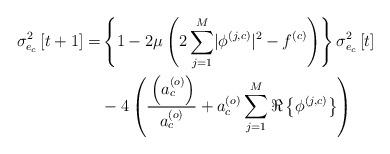
LaTeX: \begin{align*} \sigma_{e_c}^2\left[t+1\right]=&\left\{1-2\mu\left(2\sum_{j=1}^{M}\lvert\phi^{\left(j,c\right)}\rvert^2-f^{\left(c\right)}\right)\right\}\sigma_{e_c}^2\left[t\right]\\ &-4\left(\frac{_{}\left(a_c^{\left(o\right)}\right)}{a_c^{\left(o\right)}}+a_c^{\left(o\right)}\sum_{j=1}^{M}\Re\left\{\phi^{\left(j,c\right)}\right\}\right) \end{align*}